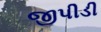
જીપીડી